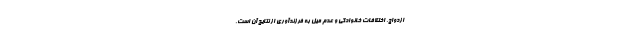
ازدواج، اختلافات خانوادگی و عدم میل به فرزندآوری از نتایج آن است.